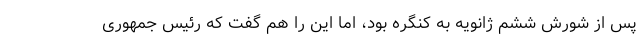
پس از شورش ششم ژانویه به کنگره بود، اما این را هم گفت که رئیس جمهوری